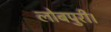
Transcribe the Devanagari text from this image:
लोबपुरी।